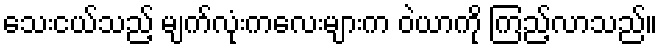
သေးငယ်သည့် မျက်လုံးကလေးများက ဝဲယာကို ကြည့်လာသည်။